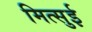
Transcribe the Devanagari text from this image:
मित्‍सुई